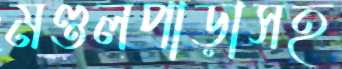
মণ্ডলপাড়াসহ